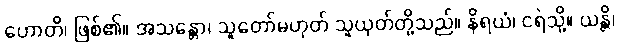
ဟောတိ၊ ဖြစ်၏။ အသန္တော၊ သူတော်မဟုတ် သူယုတ်တို့သည်။ နိရယံ၊ ငရဲသို့။ ယန္တိ၊